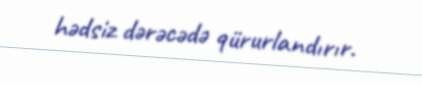
hədsiz dərəcədə qürurlandırır.